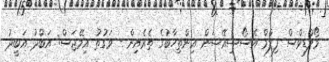
މޯލްޑިވްސް ފިލްމް އެސޯސިއޭޝަން އިންތިހާބުގެ ތެރެއިން - ވަގުތު އިމޭޖަސް: އަބްދު އަބީދު